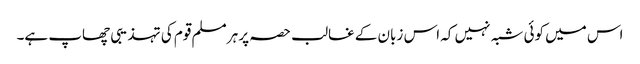
اس میں کوئی شبہ نہیں کہ اس زبان کے غالب حصہ پر ہر مسلم قوم کی تہذیبی چھاپ ہے۔